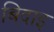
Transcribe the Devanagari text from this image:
बिदाइ